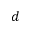
d